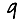
Digit: 9